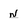
Character: n